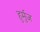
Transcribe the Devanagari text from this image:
हुर्मुज